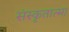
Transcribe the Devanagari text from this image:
संस्कृतात्मा